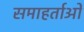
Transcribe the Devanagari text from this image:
समाहर्ताओं